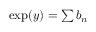
\textstyle \exp ( y ) = \sum b _ { n }